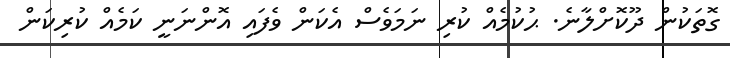
ގޮތަކުން ދޫކޮށްލާނެ. ޙުކުމެއް ކުރި ނަމަވެސް އެކަން ވެފައި އޮންނަނީ ކަމެއް ކުރިކަން